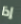
إذا